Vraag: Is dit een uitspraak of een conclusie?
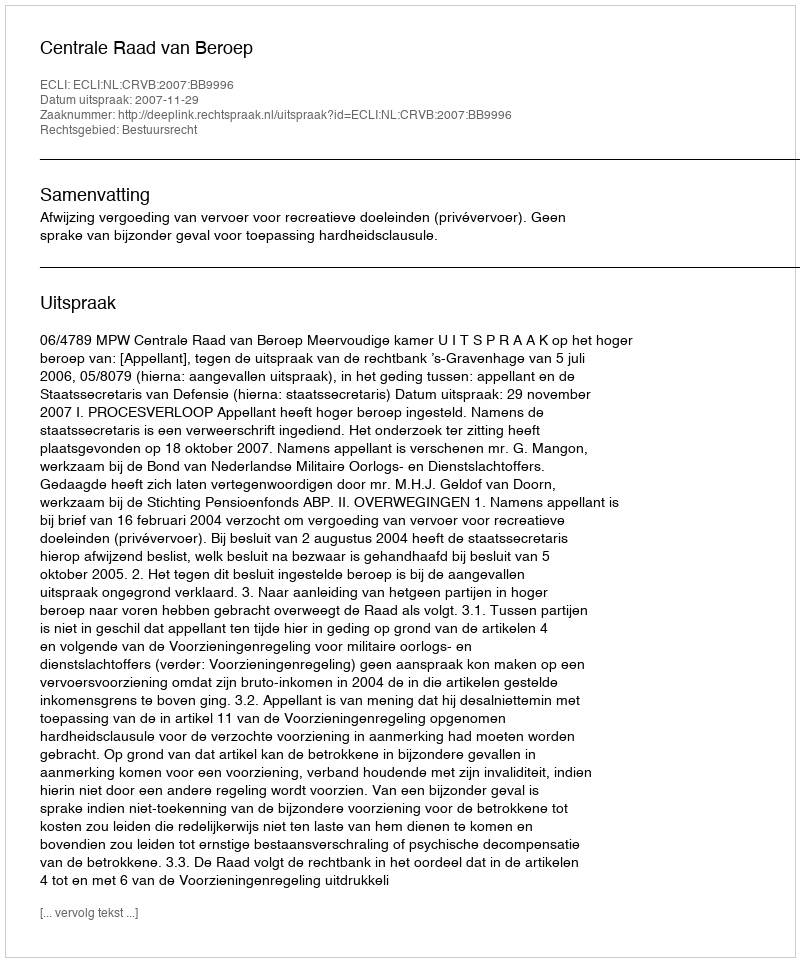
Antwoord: Uitspraak